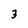
Character: 3